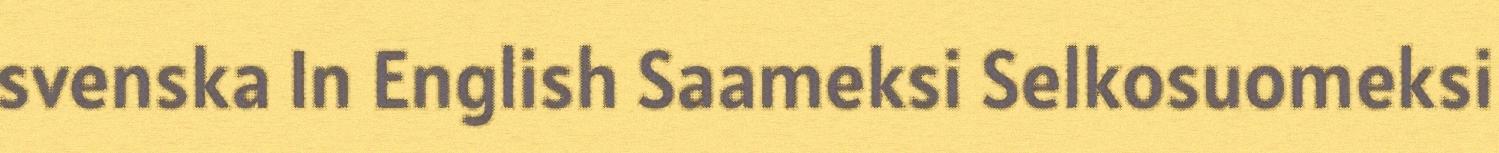
svenska In English Saameksi Selkosuomeksi